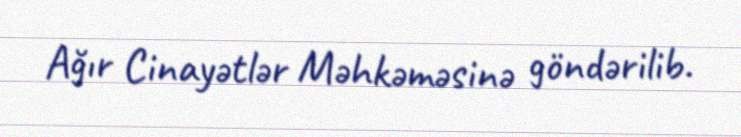
Ağır Cinayətlər Məhkəməsinə göndərilib.